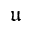
\mathfrak { u }